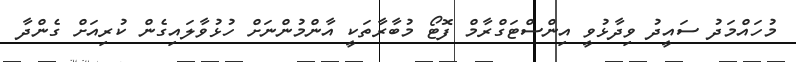
މުހައްމަދު ސައީދު ވިދާޅުވީ އިންސްޓަގްރާމް ފޮޓޯ މުބާރާތަކީ އާންމުންނަށް ހުޅުވާލައިގެން ކުރިއަށް ގެންދާ